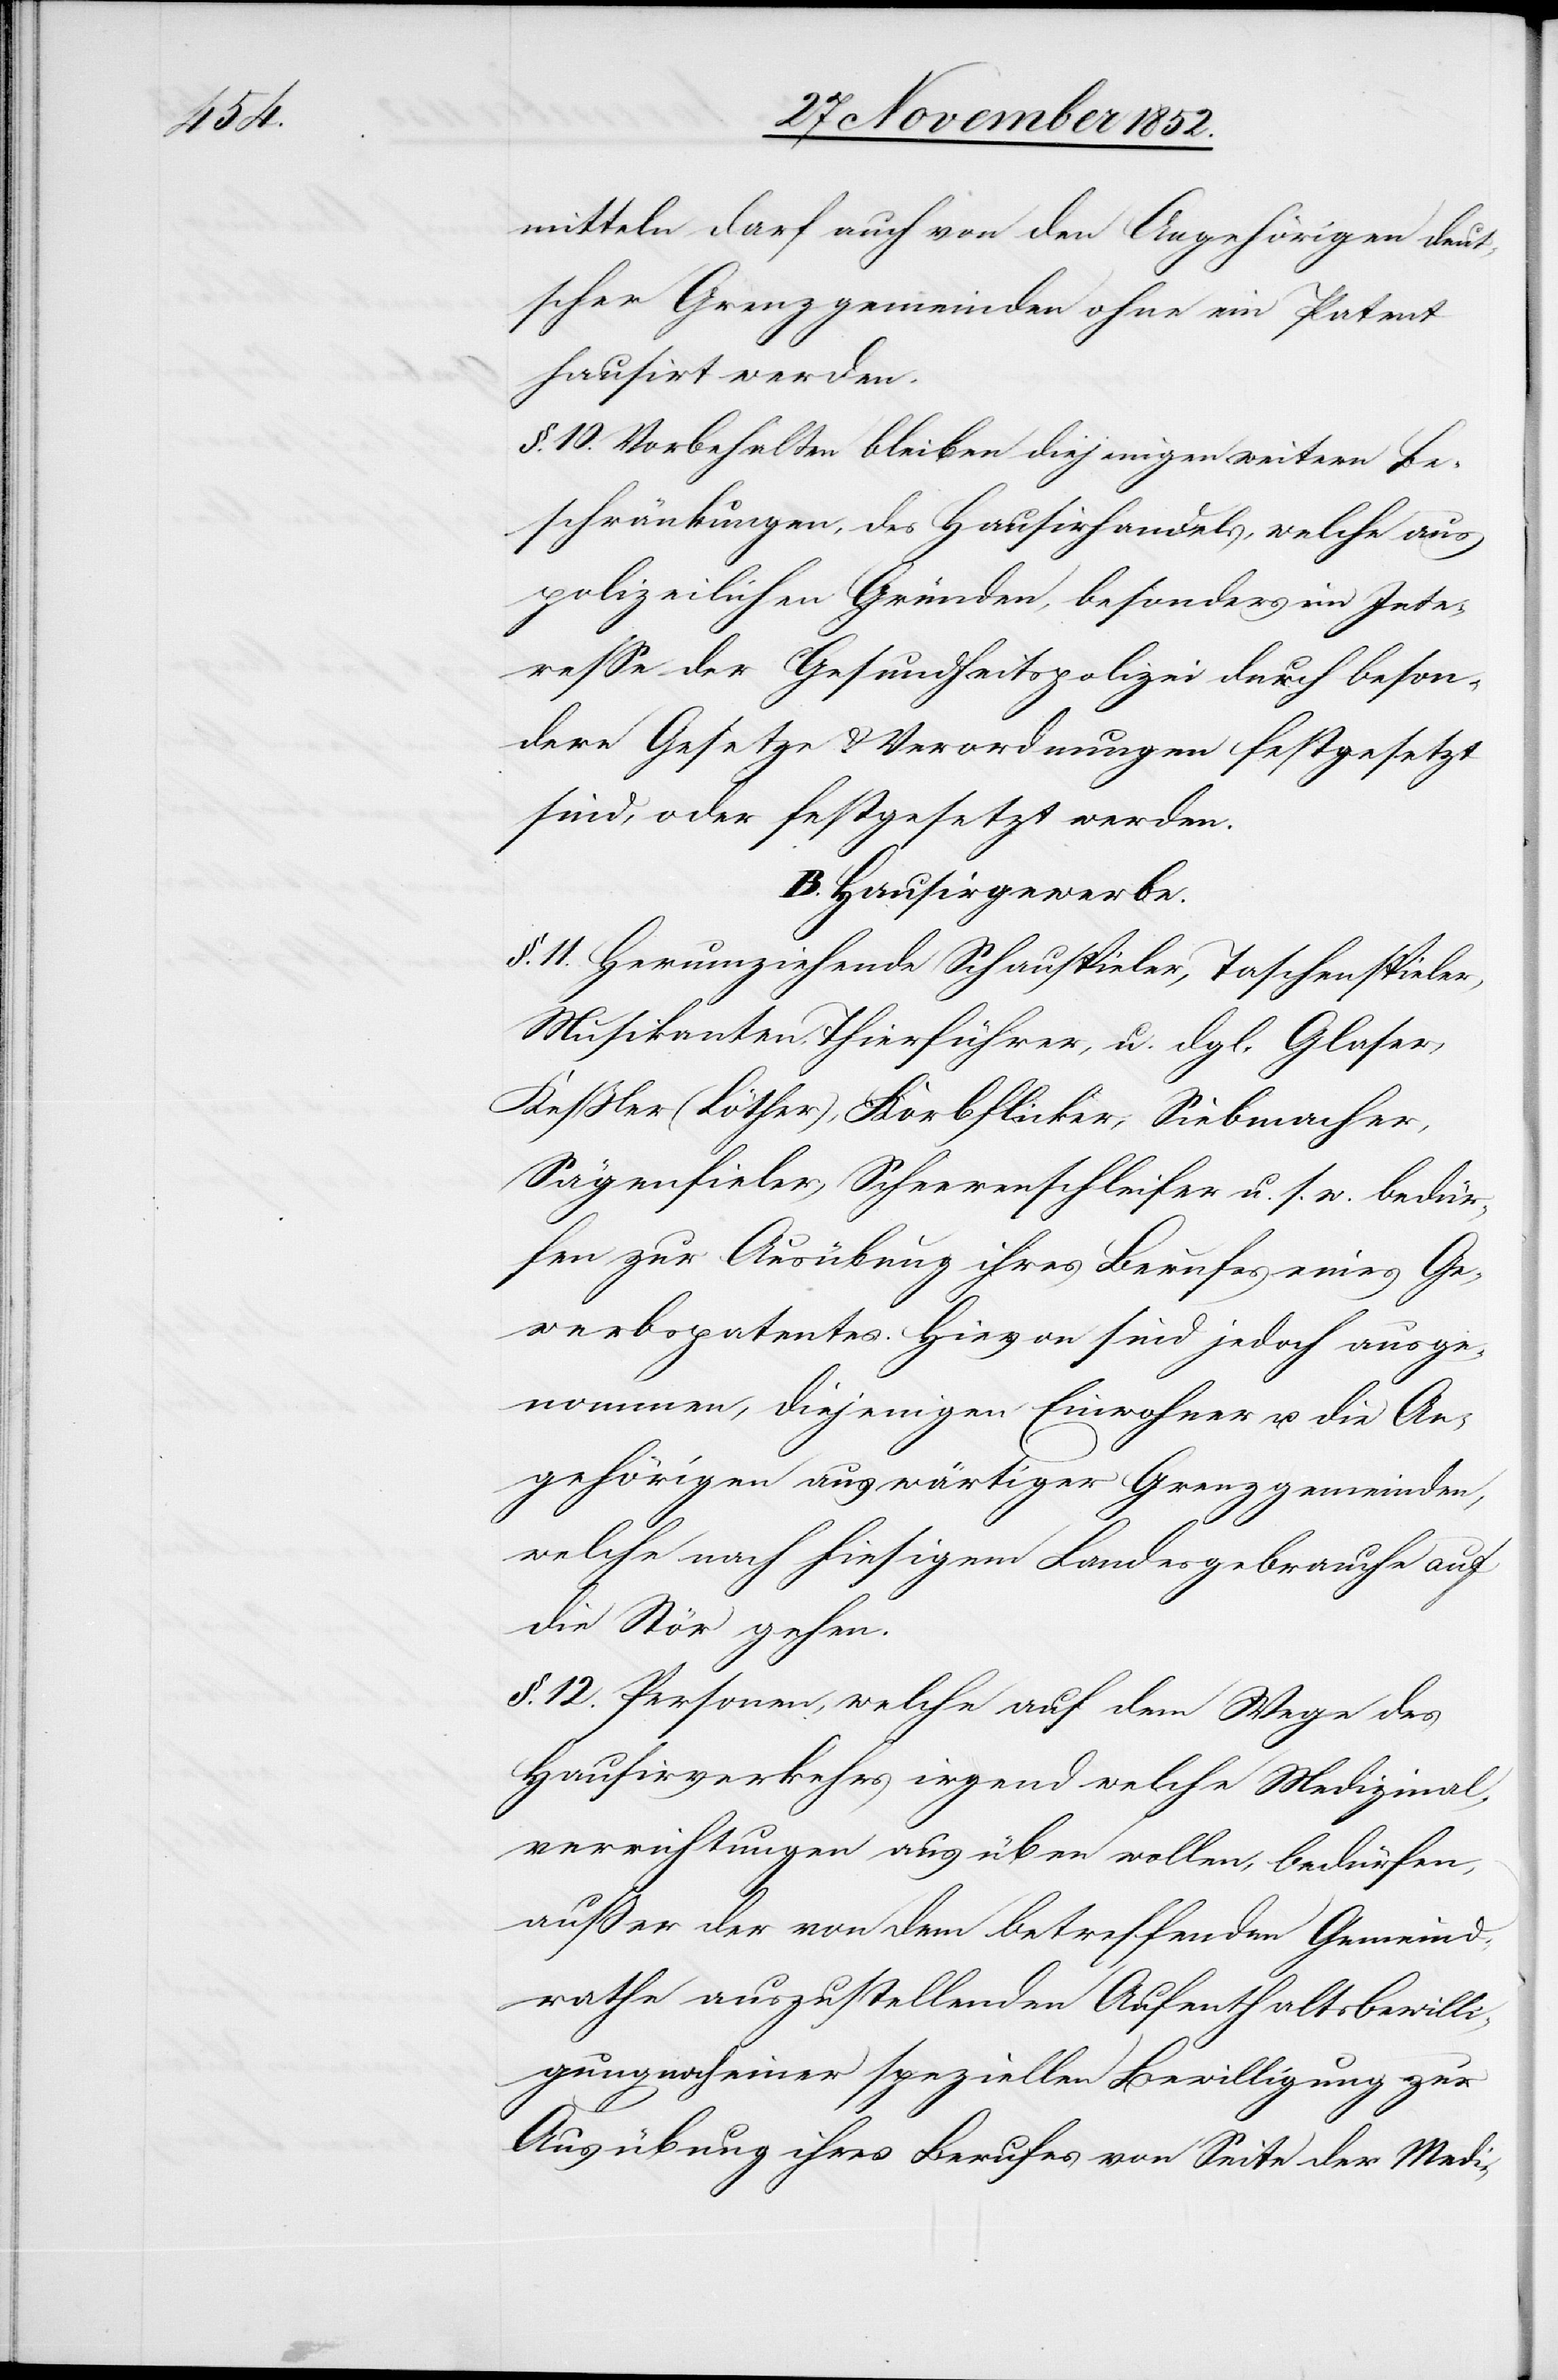
mitteln darf auch von den Angehörigen deut¬
scher Grenzgemeinden ohne ein Patent
hausirt werden.
§. 10. Vorbehalten bleiben diejenigen weitern Be¬
schränkungen, des Hausirhandels, welche aus
polizeilichen Gründen, besonders im Inte¬
resse der Gesundheitspolizei durch beson¬
dere Gesetze & Verordnungen festgesetzt
sind, oder festgesetzt werden.
B. Hausirgewerbe.
§. 11. Herumziehende Schauspieler, Taschenspieler,
Musikanten, Thierführer, u. dgl. Glaser,
Keßler (Löther), Korbflicker, Siebmacher,
Sägenfieler, Scheerenschleifer u. s. w. bedür¬
fen zur Ausübung ihres Berufes eines Ge¬
werbspatentes. Hievon sind jedoch ausge¬
nommen, diejenigen Einwohner u. die An¬
gehörigen auswärtiger Grenzgemeinden,
welche nach hiesigem Landesgebrauche auf
die Stör gehen.
§. 12. Personen, welche auf dem Wege des
Hausirverkehrs irgend welche Medizinal¬
verrichtungen ausüben wollen, bedürfen,
außer der von dem betreffenden Gemeind¬
rathe auszustellenden Aufenthaltsbewilli¬
gung noch einer speziellen Bewilligung zur
Ausübung ihres Berufes von Seite der Medi-